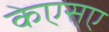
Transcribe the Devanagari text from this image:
केएसए